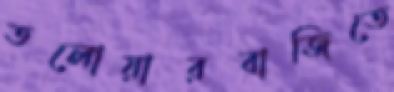
তলোয়ারবাজিতে